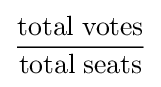
{\frac {{\mbox{total}}\;{\mbox{votes}}}{{\mbox{total}}\;{\mbox{seats}}}}